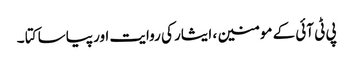
پی ٹی آئی کے مومنین ، ایثار کی روایت اور پیاسا کتا ۔